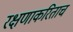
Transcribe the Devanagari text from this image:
रक्षणाकरिताच